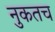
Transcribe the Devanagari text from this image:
नुकतच